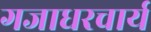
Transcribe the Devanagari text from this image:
गजाधरचार्य